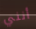
أنني